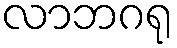
လာဘဂရု